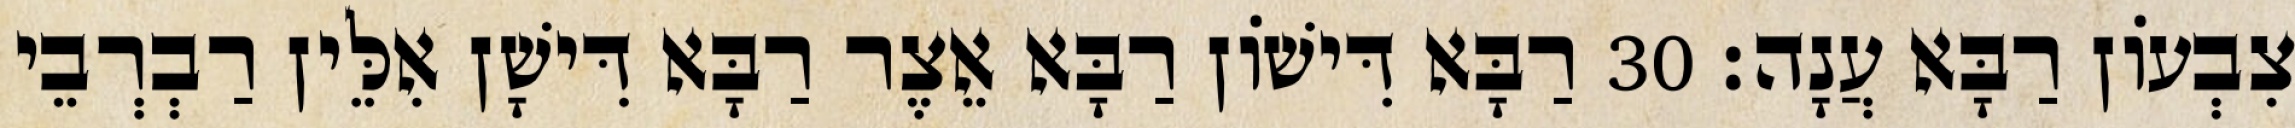
צִבְעוֹן רַבָּא עֲנָה׃ 30 רַבָּא דִּישׁוֹן רַבָּא אֵצֶר רַבָּא דִּישָׁן אִלֵּין רַבְרְבֵי